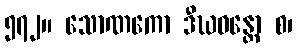
၅၇၂။ သောဏကော ဒီဃဝန္တော စ၊